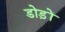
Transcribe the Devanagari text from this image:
डोड़ों